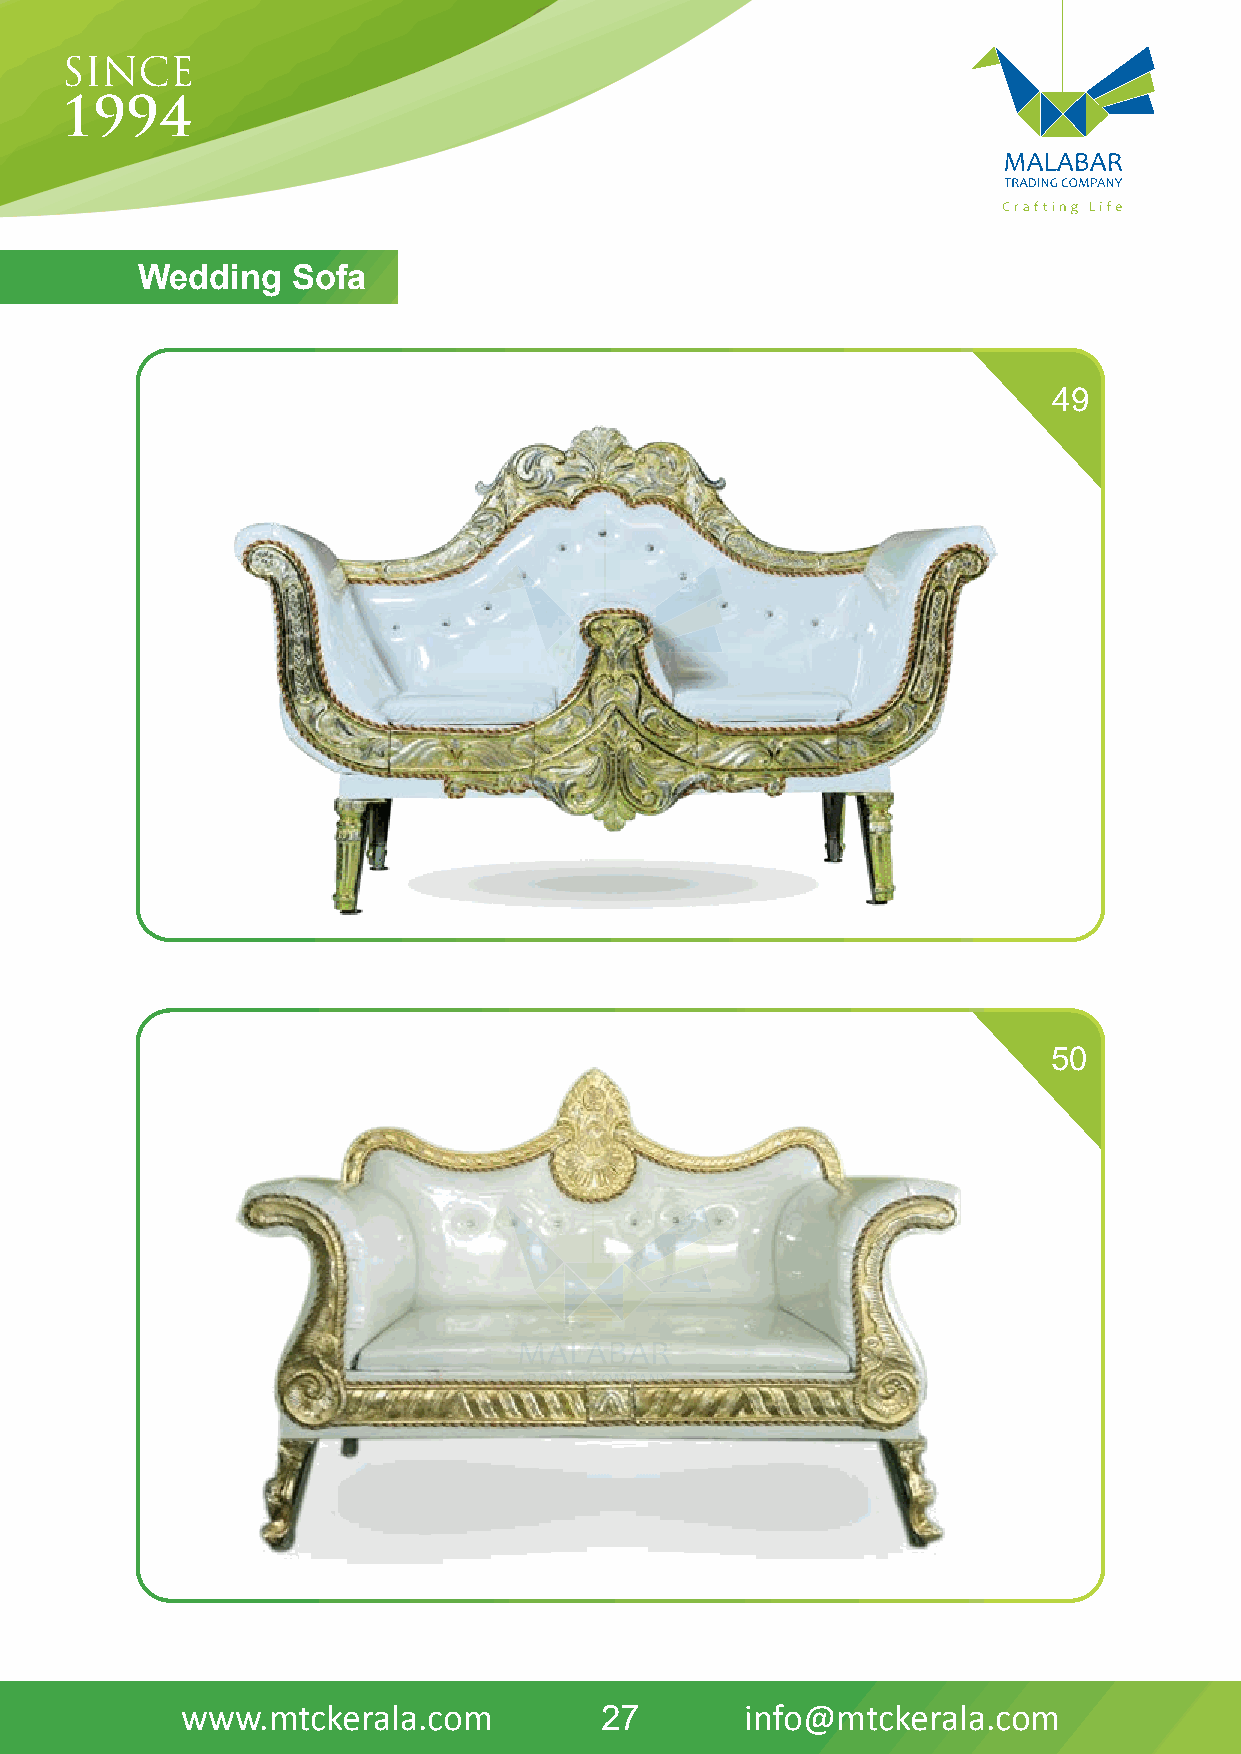
Wedding   Sofa
 49
 50
 www.mtckerala.com           27       info@mtckerala.com